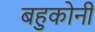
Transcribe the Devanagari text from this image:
बहुकोनी